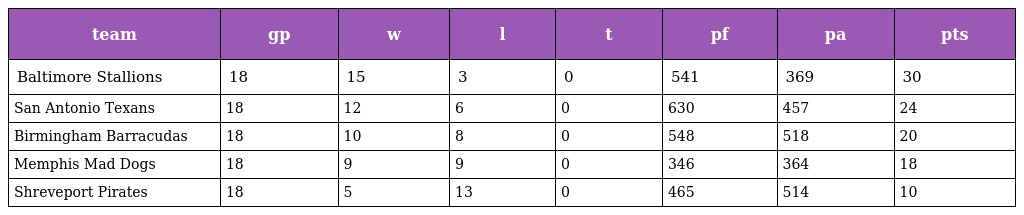
| team | gp | w | l | t | pf | pa | pts |
 | --- | --- | --- | --- | --- | --- | --- | --- |
 | Baltimore Stallions | 18 | 15 | 3 | 0 | 541 | 369 | 30 |
 | San Antonio Texans | 18 | 12 | 6 | 0 | 630 | 457 | 24 |
 | Birmingham Barracudas | 18 | 10 | 8 | 0 | 548 | 518 | 20 |
 | Memphis Mad Dogs | 18 | 9 | 9 | 0 | 346 | 364 | 18 |
 | Shreveport Pirates | 18 | 5 | 13 | 0 | 465 | 514 | 10 |